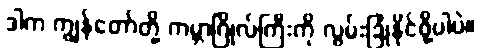
ဒါက ကျွန်တော်တို့ ကမ္ဘာဂြိုလ်ကြီးကို လွမ်းခြုံနိုင်ဖို့ပါပဲ။